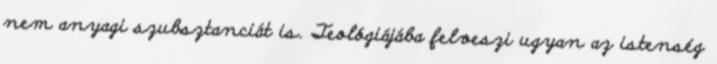
nem anyagi szubsztanciát is. Teológiájába felveszi ugyan az istenség